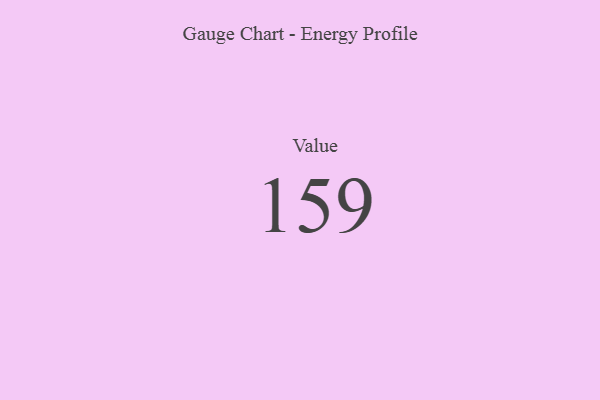
{"axis": {"x": "Metric", "y": "Value"}, "legend": [""], "data": [{"x": "Value", "y": 159, "type": ""}]}